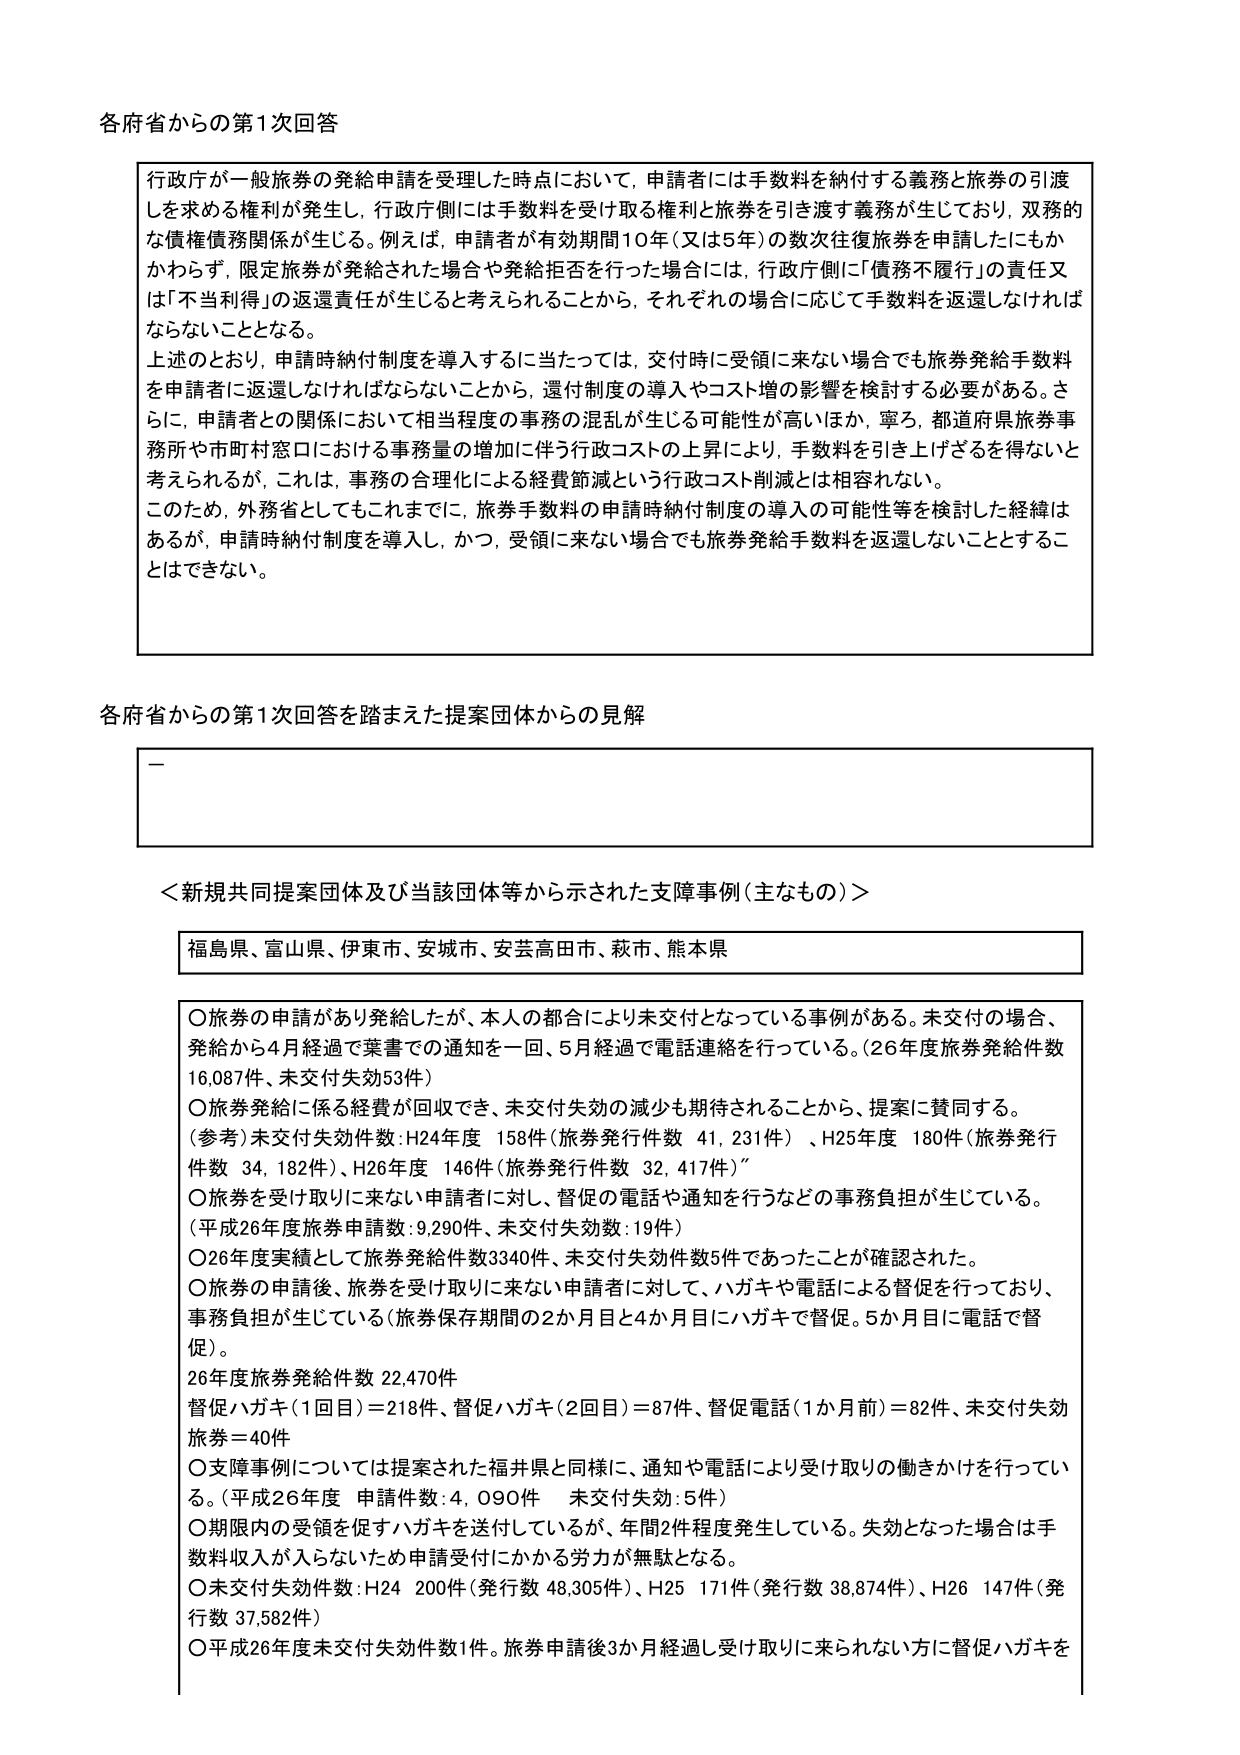
各府省からの第1次回答

行政庁が一般旅券の発給申請を受理した時点において，申請者には手数料を納付する義務と旅券の引渡しを求める権利が発生し，行政庁側には手数料を受け取る権利と旅券を引き渡す義務が生じており，双務的な債権債務関係が生じる。例えば，申請者が有効期間10年（又は5年）の数次往復旅券を申請したにもかかわらず，限定旅券が発給された場合や発給拒否を行った場合には，行政庁側に「債務不履行」の責任又は「不当利得」の返還責任が生じると考えられることから，それぞれの場合に応じて手数料を返還しなければならないこととなる。

上述のとおり，申請時納付制度を導入するに当たっては，交付時に受領に来ない場合でも旅券発給手数料を申請者に返還しなければならないことから，還付制度の導入やコスト増の影響を検討する必要がある。さらに，申請者との関係において相当程度の事務の混乱が生じる可能性が高いほか，寧ろ，都道府県旅券事務所や市町村窓口における事務量の増加に伴う行政コストの上昇により，手数料を引き上げざるを得ないと考えられるが，これは，事務の合理化による経費節減という行政コスト削減とは相容れない。

このため，外務省としてもこれまでに，旅券手数料の申請時納付制度の導入の可能性等を検討した経緯はあるが，申請時納付制度を導入し，かつ，受領に来ない場合でも旅券発給手数料を返還しないこととすることはできない。

各府省からの第1次回答を踏まえた提案団体からの見解

—

＜新規共同提案団体及び当該団体等から示された支障事例（主なもの）＞

福島県、富山県、伊東市、安城市、安芸高田市、萩市、熊本県

○旅券の申請があり発給したが、本人の都合により未交付となっている事例がある。未交付の場合、発給から4月経過で葉書での通知を一回、5月経過で電話連絡を行っている。（26年度旅券発給件数16,087件、未交付失効53件）

○旅券発給に係る経費が回収でき、未交付失効の減少も期待されることから、提案に賛同する。
（参考）未交付失効件数：H24年度 158件（旅券発行件数 41,231件）、H25年度 180件（旅券発行件数 34,182件）、H26年度 146件（旅券発行件数 32,417件）

○旅券を受け取りに来ない申請者に対し、督促の電話や通知を行うなどの事務負担が生じている。
（平成26年度旅券申請数：9,290件、未交付失効数：19件）

○26年度実績として旅券発給件数3340件、未交付失効件数5件であったことが確認された。

○旅券の申請後、旅券を受け取りに来ない申請者に対して、ハガキや電話による督促を行っており、事務負担が生じている（旅券保存期間の2か月目と4か月目にハガキで督促。5か月目に電話で督促）。
26年度旅券発給件数 22,470件
督促ハガキ（1回目）＝218件、督促ハガキ（2回目）＝87件、督促電話（1か月前）＝82件、未交付失効旅券＝40件

○支障事例については提案された福井県と同様に、通知や電話により受け取りの働きかけを行っている。（平成26年度 申請件数：4,090件 未交付失効：5件）

○期限内の受領を促すハガキを送付しているが、年間2件程度発生している。失効となった場合は手数料収入が入らないため申請受付にかかる労力が無駄となる。

○未交付失効件数：H24 200件（発行数 48,305件）、H25 171件（発行数 38,874件）、H26 147件（発行数 37,582件）

○平成26年度未交付失効件数1件。旅券申請後3か月経過し受け取りに来られない方に督促ハガキを